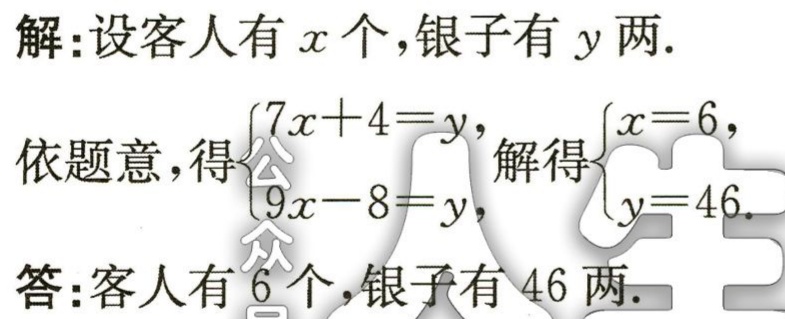
解：设客人有\(x\)个，银子有\(y\)两.

依题意，得\(\begin{cases}7x + 4 = y,\\9x - 8 = y,\end{cases}\) 解得\(\begin{cases}x = 6,\\y = 46.\end{cases}\)

答：客人有\(6\)个，银子有\(46\)两.